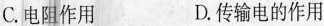
C.电阻作用 D.传输电的作用